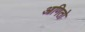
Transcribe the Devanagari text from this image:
आणितो